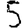
Digit: 5